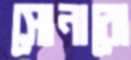
সোনারো